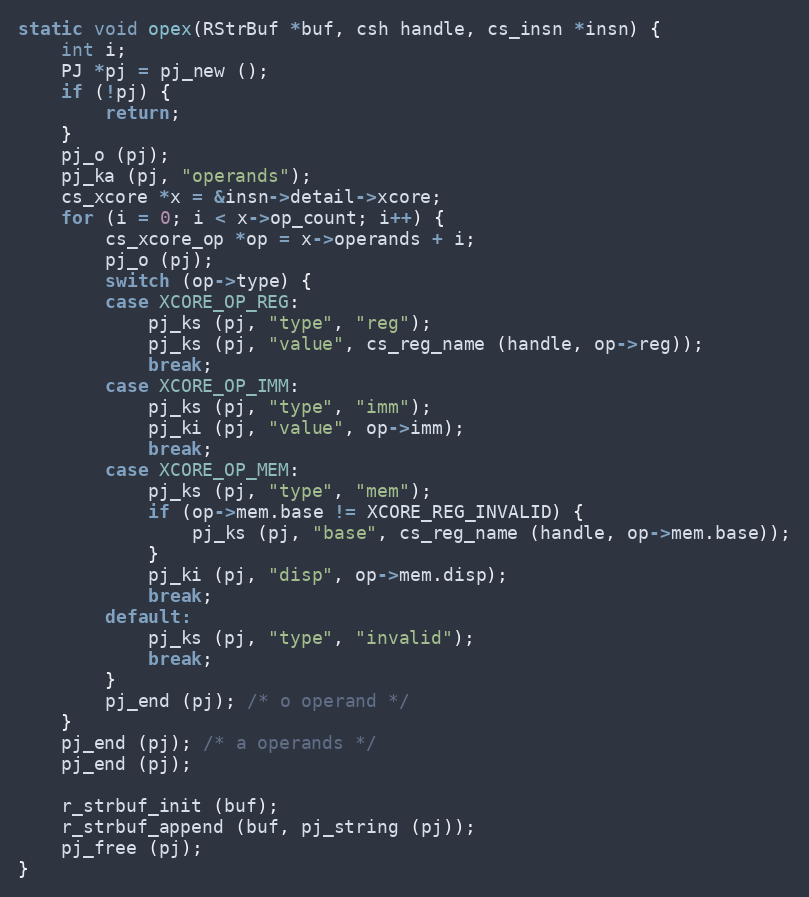
Language: C
static void opex(RStrBuf *buf, csh handle, cs_insn *insn) {
	int i;
	PJ *pj = pj_new ();
	if (!pj) {
		return;
	}
	pj_o (pj);
	pj_ka (pj, "operands");
	cs_xcore *x = &insn->detail->xcore;
	for (i = 0; i < x->op_count; i++) {
		cs_xcore_op *op = x->operands + i;
		pj_o (pj);
		switch (op->type) {
		case XCORE_OP_REG:
			pj_ks (pj, "type", "reg");
			pj_ks (pj, "value", cs_reg_name (handle, op->reg));
			break;
		case XCORE_OP_IMM:
			pj_ks (pj, "type", "imm");
			pj_ki (pj, "value", op->imm);
			break;
		case XCORE_OP_MEM:
			pj_ks (pj, "type", "mem");
			if (op->mem.base != XCORE_REG_INVALID) {
				pj_ks (pj, "base", cs_reg_name (handle, op->mem.base));
			}
			pj_ki (pj, "disp", op->mem.disp);
			break;
		default:
			pj_ks (pj, "type", "invalid");
			break;
		}
		pj_end (pj); /* o operand */
	}
	pj_end (pj); /* a operands */
	pj_end (pj);

	r_strbuf_init (buf);
	r_strbuf_append (buf, pj_string (pj));
	pj_free (pj);
}